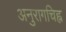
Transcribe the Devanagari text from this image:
अनुरागचिह्न